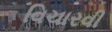
વિચારવી